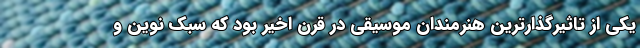
یکی از تاثیرگذارترین هنرمندان موسیقی در قرن اخیر بود که سبک نوین و